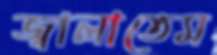
জ্বালাতেম